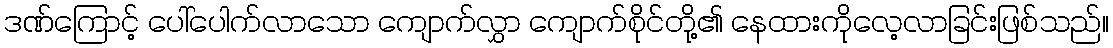
ဒဏ်ကြောင့် ပေါ်ပေါက်လာသော ကျောက်လွှာ ကျောက်စိုင်တို့၏ နေထားကိုလေ့လာခြင်းဖြစ်သည်။